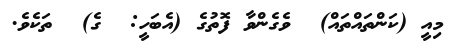
މިއީ (ކަންތައްތައް)  ވެގެންވާ ފޮތުގެ (އެބަހީ:  ގެ)  ތަކެވެ.